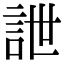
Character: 詍